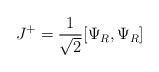
LaTeX: \begin{align*}J^+ = {1 \over \sqrt 2} [\Psi_R , \Psi _R]\end{align*}